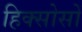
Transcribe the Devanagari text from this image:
हिक्सोसों